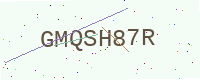
Text: GMQSH87R